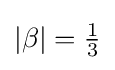
\left|\beta \right|={\tfrac {1}{3}}